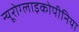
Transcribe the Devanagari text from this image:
न्यूरोग्लाइकोपीनिया